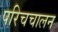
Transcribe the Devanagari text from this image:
परिचचालन